Medical and sanitary report of the native army of Madras for the year
Year: 1872
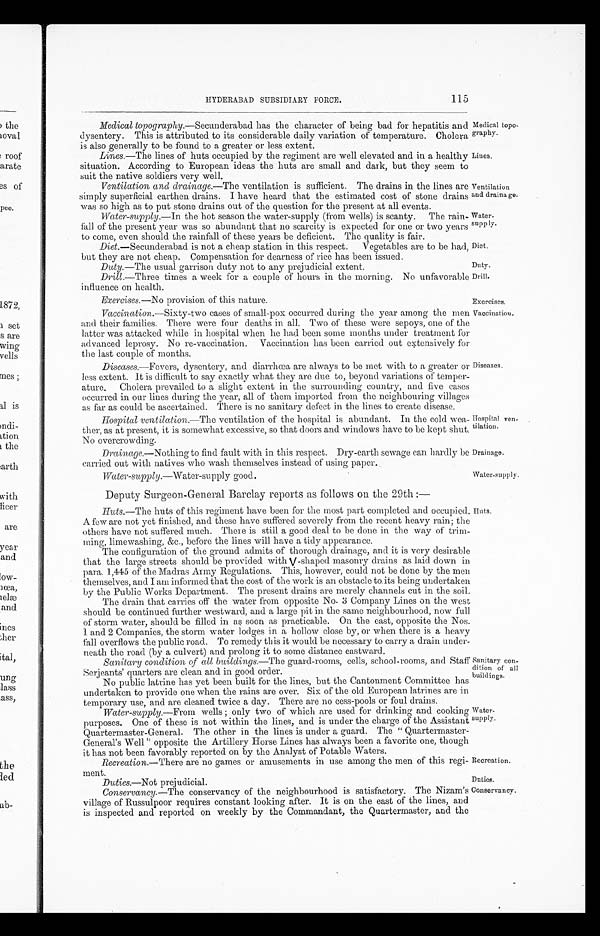
Medical top
o-graphy.
Lines.
Ventilation
and drainage.
Water
- s uppl y.
Diet.
Duty.
Drill.
Exercises .—No provision of this nature.
Exercises.
Hospital ven
-tilation.
Drainage.
Recreation.
Duties.
115
HYDERABAD SUBSIDIARY FORCE.
Medical topography .—Secunderabad has the character of being bad for hepatitis and
dysentery. This is attributed to its considerable daily variation of temperature. Cholera
is also generally to be found to a greater or less extent.
Lines .—The lines of huts occupied by the regiment are well elevated and in a healthy
situation. According to European ideas the huts are small and dark, but they seem to
suit the native soldiers very well.
Ventilation and drainage.—The ventilation is sufficient. The drains in the lines are
simply superficial earthen drains. I have heard that the estimated cost of stone drains
was so high as to put stone drains out of the question for the present at all events.
Water-supply .—In the hot season the water-supply (from wells) is scanty. The rain
-fall of the present year was so abundant that no scarcity is expected for one or two years
to come, even should the rainfall of these years be deficient. The quality is fair.
Diet.—Secunderabad is not a cheap station in this respect. Vegetables are to be had,
but they are not cheap. Compensation for dearness of rice has been issued.
Duty.—The usual garrison duty not to any prejudicial extent.
Drill
.—Three times a week for a couple of hours in the morning. No unfavorable
influence on health.
Vaccination .—Sixty-two cases of small-pox occurred during the year among the men
and their families. There were four deaths in all. Two of these were sepoys, one of the
latter was attacked while in hospital when he had been some months under treatment for
advanced leprosy. No re-vaccination. Vaccination has been carried out extensively for
the last couple of months.
Diseases .—Fevers, dysentery, and diarrhœa are always to be met with to a greater or
less extent. It is difficult to say exactly what they are due to, beyond variations of temper
-ature. Cholera prevailed to a slight extent in the surrounding country, and five cases
occurred in our lines during the year, all of them imported from the neighbouring villages
as far as could be ascertained. There is no sanitary defect in the lines to create disease.
Hospital ventilation .—The ventilation of the hospital is abundant. In the cold wea
-ther, as at present, it is somewhat excessive, so that doors and windows have to be kept shut.
No overcrowding.
Drainage .—Nothing to find fault with in this respect. Dry-earth sewage can hardly be
carried out with natives who wash themselves instead of using paper.
Vaccination.
Diseases.
Water-supply.
Water-supply .—Water-supply good.
Deputy Surgeon-General Barclay reports as follows on the 29th :—
Huts .—The huts of this regiment have been for the most part completed and occupied.
A few are not yet finished, and these have suffered severely from the recent heavy rain; the
others have not suffered much. There is still a good deal to be done in the way of trim
-ming, lime washing, &c., before the lines will have a tidy appearance.
The configuration of the ground admits of thorough drainage, and it is very desirable
that the large streets should be provided with V-shaped masonry drains as laid down in
para. 1,445 of the Madras Army Regulations. This, however, could not be done by the men
themselves, and I am informed that the cost of the work is an obstacle to its being undertaken
by the Public Works Department. The present drains are merely channels cut in the soil.
The drain that carries off the water from opposite No. 3 Company Lines on the west
should be continued further westward, and a large pit in the same neighbourhood, now full
of storm water, should be filled in as soon as practicable. On the east, opposite the Nos.
1 and 2 Companies, the storm water lodges in a hollow close by, or when there is a heavy
fall overflows the public road. To remedy this it would be necessary to carry a drain under
-neath the road (by a culvert) and prolong it to some distance eastward.
Huts.
Sanitary condition of all buildings.—The
guard-rooms, cells, school-rooms, and Sta
f f S e r j e a n t s ' q u a r t e r s a r e c l e a n a n d i n g o o d o r d e r .
No public latrine has yet been built for the lines, but the Cantonment Committee has
undertaken to provide one when the rains are over. Six of the old European latrines are in
temporary use, and are cleaned twice a day. There are no cess-pools or foul drains.
Water-supply .—From wells; only two of which are used for drinking and cooking
purposes. One of these is not within the lines, and is under the charge of the Assistant
Quartermaster-General. The other in the lines is under a guard. The "Quartermaster
-General's Well" opposite the Artillery Horse Lines has always been a favorite one, though
it has not been favorably reported on by the Analyst of Potable Waters.
Recreation .—There are no games or amusements in use among the men of this regi
-ment.
Duties.—Not prejudicial.
Sanitary con
-dition of al
l buildings.
Water
-supply.
Conservancy .—The conservancy of the neighbourhood is satisfactory. The Nizam's
village of Russulpoor requires constant looking after. It is on the east of the lines, and
is inspected and reported on weekly by the Commandant, the Quartermaster, and the
Conservancy.